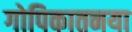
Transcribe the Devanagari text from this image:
गोपिकातनया